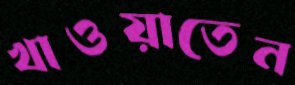
খাওয়াতেন